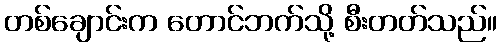
တစ်ချောင်းက တောင်ဘက်သို့ စီးတတ်သည်။